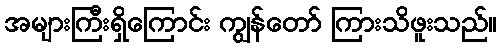
အများကြီးရှိကြောင်း ကျွန်တော် ကြားသိဖူးသည်။